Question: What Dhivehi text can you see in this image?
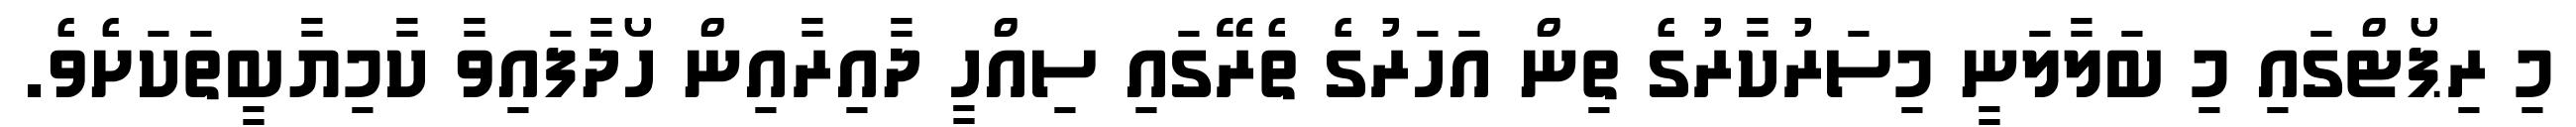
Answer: މި ރިޕޯޓްގައި މި ބަލާލަނީ މިސަރުކާރުގެ ތިން އަހަރުގެ ތެރޭގައި ސިއްހީ ދާއިރާއިން ހޯދާފައިވާ ކާމިޔާބީތަކަށެވެ.